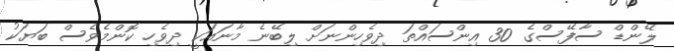
ލޭންޑް ސާފޭސްގެ 30 އިންސައްތަ ދިވެހިންނަށް ލިބޭނެ މާނައަކީ ދިވެހި ކޮންމެވެސް ބަޔަކު